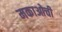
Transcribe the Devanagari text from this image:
मकाओची